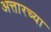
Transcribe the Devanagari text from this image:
अत्तारच्या